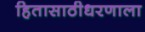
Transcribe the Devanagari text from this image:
हितासाठीधरणाला